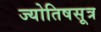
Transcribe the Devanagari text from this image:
ज्योतिषसूत्र